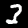
Label: 3